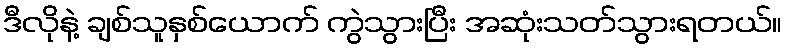
ဒီလိုနဲ့ ချစ်သူနှစ်ယောက် ကွဲသွားပြီး အဆုံးသတ်သွားရတယ်။